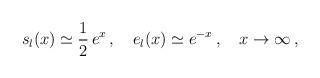
LaTeX: \begin{align*}s_l(x)\simeq \frac{1}{2}\,e^x\,, \quad e_l(x)\simeq e^{-x}\,, \quad x\to \infty\,,\end{align*}